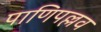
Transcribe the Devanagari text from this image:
पाणिपल्लव